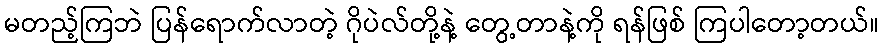
မတည့်ကြဘဲ ပြန်ရောက်လာတဲ့ ဂိုပဲလ်တို့နဲ့ တွေ့တာနဲ့ကို ရန်ဖြစ် ကြပါတော့တယ်။